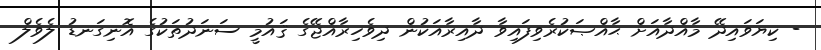
- ކިޔަވައިދޭ މާއްދާއަށް ޙާއްޞަކުރެވިފައިވާ ދާއިރާއަކުން ދިވެހިރާއްޖޭގެ ޤައުމީ ސަނަދުތަކުގެ އޮނިގަނޑު ލެވެލް